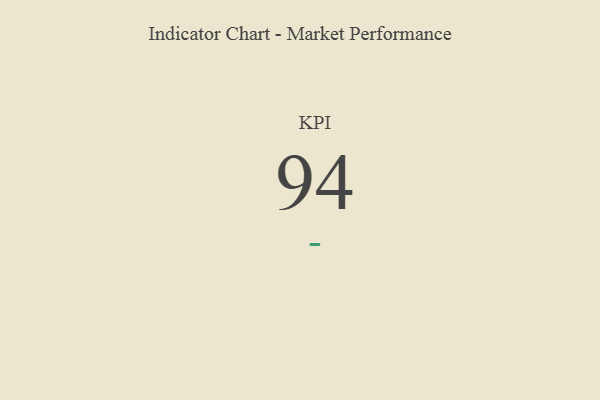
{"axis": {"x": "KPI", "y": "Value"}, "legend": [""], "data": [{"x": "KPI", "y": 94, "type": ""}]}